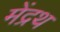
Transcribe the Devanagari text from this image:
मेंद्रथ